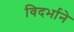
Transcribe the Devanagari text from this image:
विदर्भाने